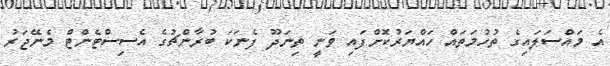
އެ މައްސަލައިގެ ތުހުމަތައް ހައްޔަރުކޮށްފައި ވަނީ ތިނަދޫ ފެނަކަ ބުރާންޗުގެ އެސިސްޓެންޓް މެނޭޖަރު